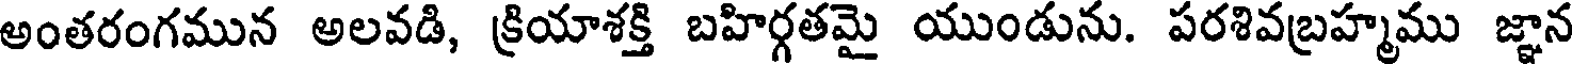
అంతరంగమున అలవడి, క్రియాశక్తి బహిర్గతమై యుండును. పరశివబ్రహ్మము జ్ఞాన